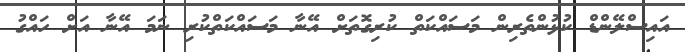
އައިސްލޭންޑް ކުޅުންތެރިން މަސައްކަތް ކުރިގޮތަށް އޭނާ މަސައްކަތްކުރި ނަމަ އޭނާ އަށް ހައްގު